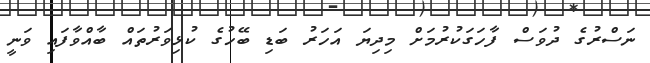
ނަސްރުގެ ދުވަސް ފާހަގަކުރުމަށް މިދިޔަ އަހަރު ބަޑި ބޭހުގެ ކުޅިވަރުތައް ބާއްވާފައި ވަނީ